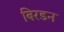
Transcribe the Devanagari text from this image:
बिरडन